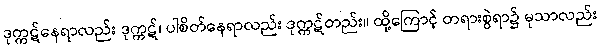
ဒုက္ကဋ်နေရာလည်း ဒုက္ကဋ်၊ ပါစိတ်နေရာလည်း ဒုက္ကဋ်တည်း။ ထို့ကြောင့် တရားစွဲရာ၌ မုသာလည်း